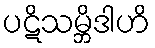
ပဋိသမ္ဘိဒါဟိ